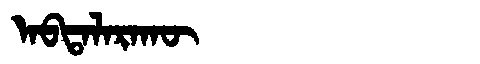
Manchu: ᠠᠪᡨᠠᠯᠠᡵᠠᡴᡡ
Romanization: ABTALARAKŪ